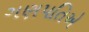
ગણપતિએ